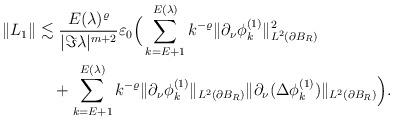
LaTeX: \begin{align*}\|L_1\|&\lesssim \frac{E(\lambda)^\varrho}{|\Im\lambda|^{m + 2}}\varepsilon_0\Big( \sum_{k=E+1}^{E(\lambda)} k^{-\varrho}\|\partial_\nu\phi^{(1)}_k\|^2_{L^2(\partial B_R)}\\&\quad+ \sum_{k=E+1}^{E(\lambda)} k^{-\varrho}\|\partial_\nu\phi^{(1)}_k\|_{L^2(\partial B_R)}\|\partial_\nu(\Delta\phi^{(1)}_k)\|_{L^2(\partial B_R)}\Big).\end{align*}